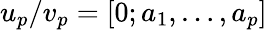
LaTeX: u_{p}/v_{p}=[0;a_{1},\ldots,a_{p}]